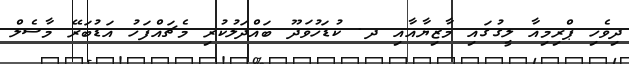
ދިވެހި ޕްރިމިއާ ލީގުގައި މާޒިޔާއާއި ދ. ކުޑަހުވަދޫ ބައްދަލުކުރި މެޗައްފަހު އަޑުބަރޭ މާސެލް